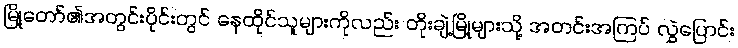
မြို့တော်၏အတွင်းပိုင်းတွင် နေထိုင်သူများကိုလည်း တိုးချဲ့မြို့များသို့ အတင်းအကြပ် လွှဲပြောင်း